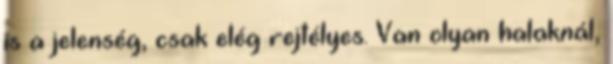
is a jelenség, csak elég rejtélyes. Van olyan halaknál,